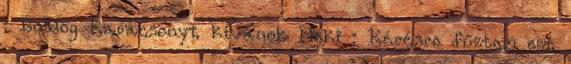
: Boldog Karácsonyt kívánok Neki : Kérésre fűztem ezt